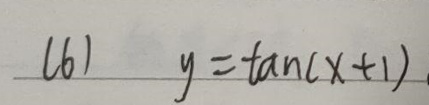
(6) $y = \tan(x + 1)$